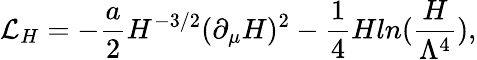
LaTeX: {\cal L}_{H}=-\frac{a}{2}H^{-3/2}(\partial_{\mu}H)^{2}-\frac{1}{4}Hln(\frac{H}{\Lambda^{4}}),